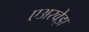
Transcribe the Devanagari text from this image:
एअरवेझ